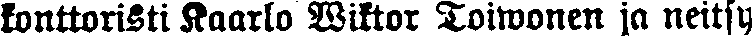
konttoristi Kaarlo Wiktor Toiwonen ja neitsy